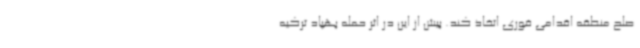
صلح منطقه اقدامی فوری اتخاذ کند. پیش از این در اثر حمله پهپاد ترکیه